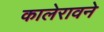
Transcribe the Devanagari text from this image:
कालेरावने